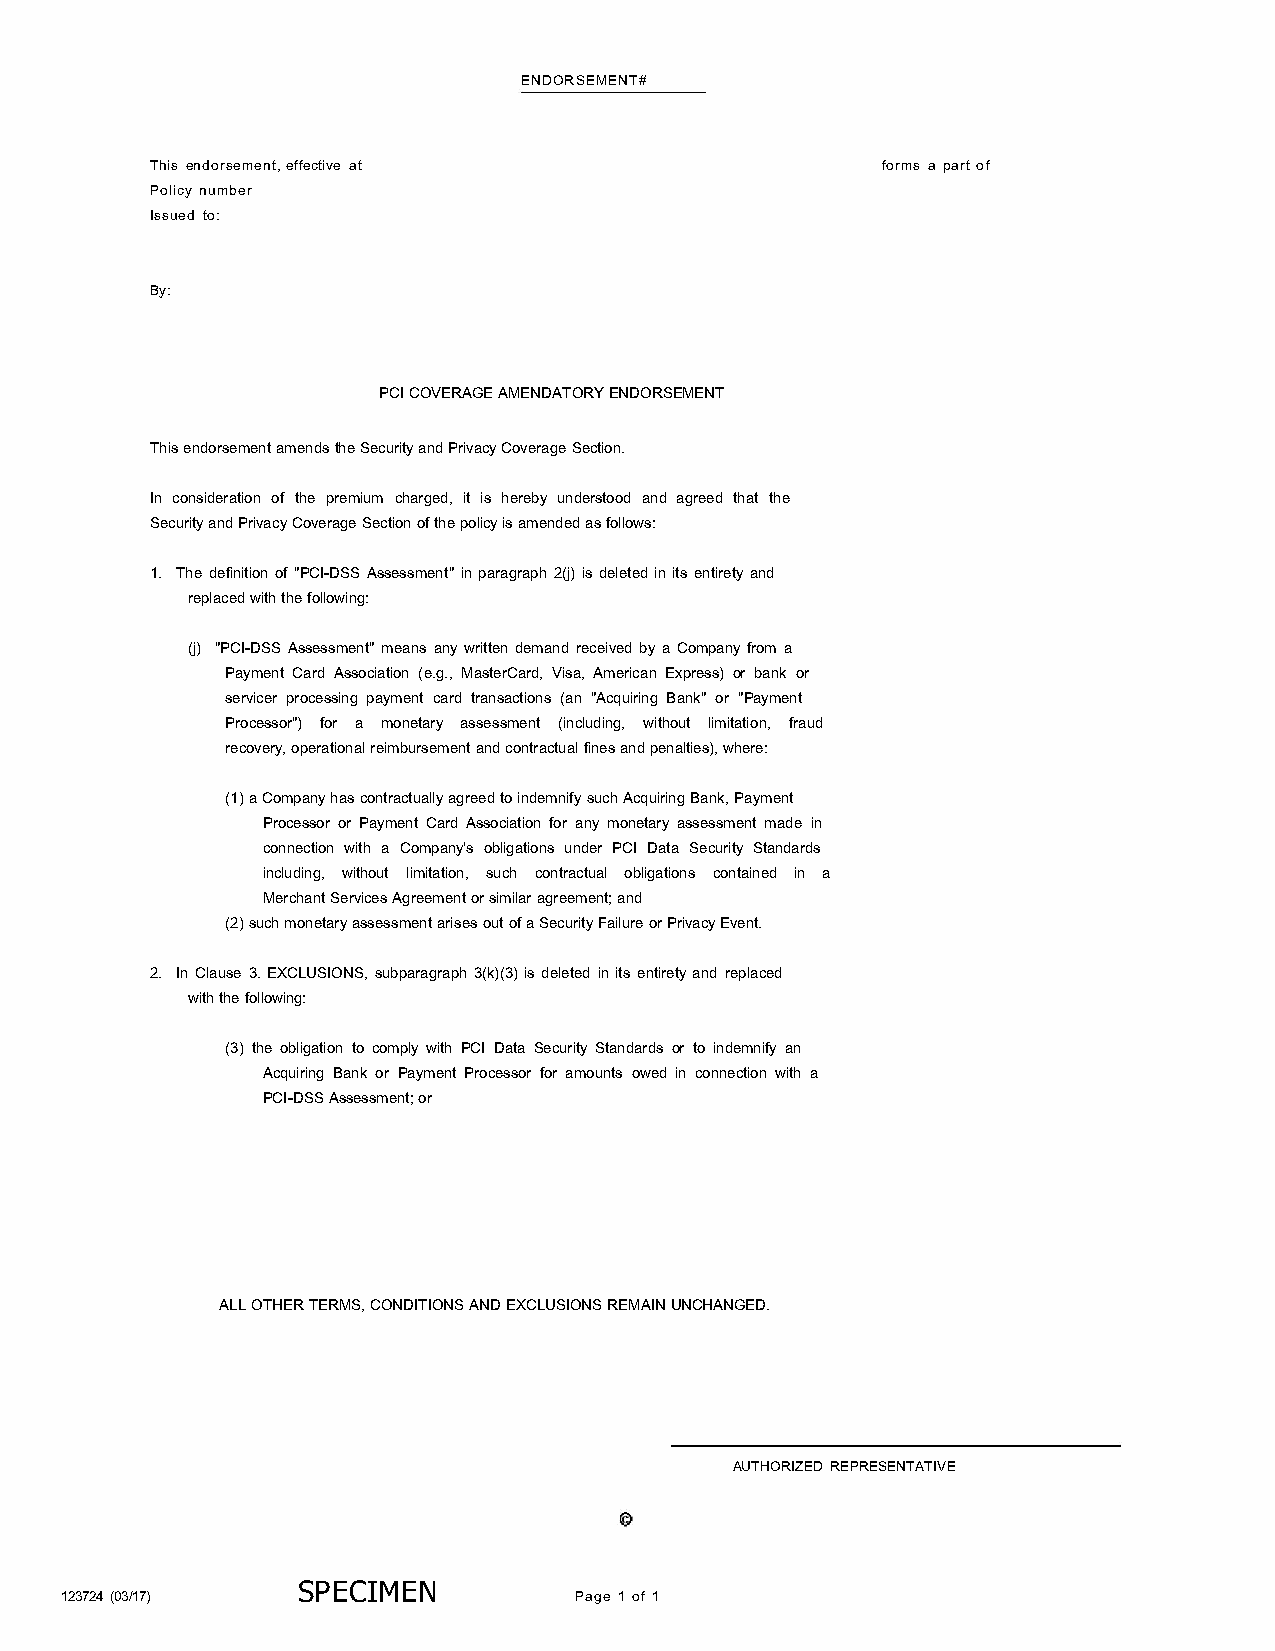
ENDORSEMENT#
 This endorsement, effective at                  forms a part of
 Policy number
 Issued to:
 By:
 PCI COVERAGE AMENDATORY ENDORSEMENT
 This endorsement amends the Security and Privacy Coverage Section.
 In consideration of the premium charged, it is hereby understood and agreed that the
 Security and Privacy Coverage Section of the policy is amended as follows:
 1. The definition of "PCI-DSS Assessment" in paragraph 2(j) is deleted in its entirety and
 replaced with the following:
 (j) "PCI-DSS Assessment" means any written demand received by a Company from a
 Payment Card Association (e.g., MasterCard, Visa, American Express) or bank or
 servicer processing payment card transactions (an "Acquiring Bank" or "Payment
 Processor") for a monetary assessment (including, without limitation, fraud
 recovery, operational reimbursement and contractual fines and penalties), where:
 (1) a Company has contractually agreed to indemnify such Acquiring Bank, Payment
 Processor or Payment Card Association for any monetary assessment made in
 connection with a Company's obligations under PCI Data Security Standards
 including, without limitation, such contractual obligations contained in a
 Merchant Services Agreement or similar agreement; and
 (2) such monetary assessment arises out of a Security Failure or Privacy Event.
 2. In Clause 3. EXCLUSIONS, subparagraph 3(k)(3) is deleted in its entirety and replaced
 with the following:
 (3) the obligation to comply with PCI Data Security Standards or to indemnify an
 Acquiring Bank or Payment Processor for amounts owed in connection with a
 PCI-DSS Assessment; or
 ALL OTHER TERMS, CONDITIONS AND EXCLUSIONS REMAIN UNCHANGED.
 AUTHORIZED REPRESENTATIVE
 SP ECIMEN
 123724 (03/ 17)                   Page 1 of 1